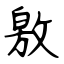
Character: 敫